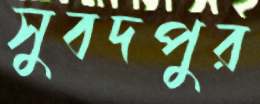
সুবদপুর